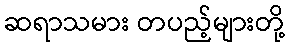
ဆရာသမား တပည့်များတို့